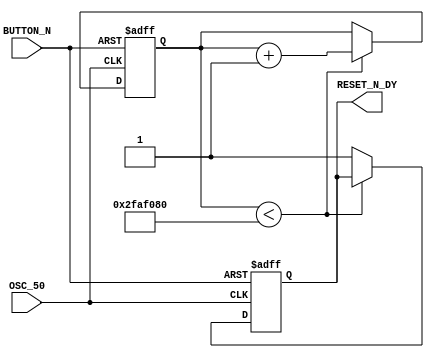
module RESET_DELY ( 
   input BUTTON_N  , 
	input OSC_50 , 
   output reg RESET_N_DY  
) ; 


//=======================================================
//  REG/WIRE declarations
//=======================================================
reg [31:0] DELAY_CNT  ; 
  
//=======================================================
//  Structural coding
//=======================================================	

always @(negedge  BUTTON_N or posedge OSC_50  ) 
 if (  !BUTTON_N ) begin 
  RESET_N_DY <=0 ; 
  DELAY_CNT  <=0;  
 end
 else  begin 
    if  ( DELAY_CNT < 50000000 ) DELAY_CNT <= DELAY_CNT+1; 
	 else RESET_N_DY <=1 ; 
 end 
 
endmodule